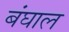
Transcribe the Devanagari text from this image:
बंघाल